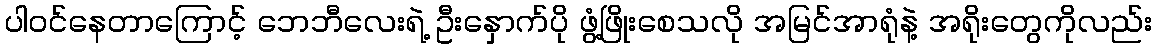
ပါဝင်နေတာကြောင့် ဘေဘီလေးရဲ့ ဦးနှောက်ပို ဖွံ့ဖြိုးစေသလို အမြင်အာရုံနဲ့ အရိုးတွေကိုလည်း